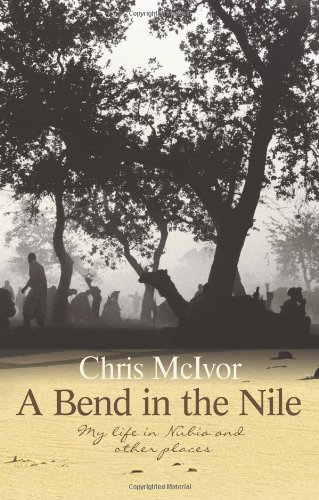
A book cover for A Bend in the Nile: My Life in Nubia and Other Places (Sandstone Press Non-Fiction); Chris McIvor; Travel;